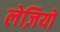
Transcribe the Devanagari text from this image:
लेज़ियो